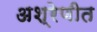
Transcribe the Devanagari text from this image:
अश्रेणीत